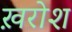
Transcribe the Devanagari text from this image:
ख़रोश